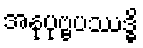
အနုပုဗ္ဗပဿဒ္ဓိ